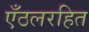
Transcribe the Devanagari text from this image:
एँठलरहित